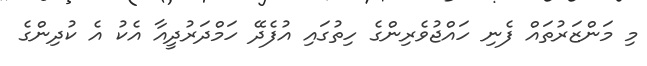
މި މަންޒަރުތައް ފެނި ހައްޖުވެރިންގެ ހިތުގައި އުފެދޭ ހަމްދަރުދީއާ އެކު އެ ކުދިންގެ